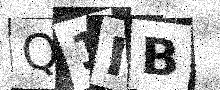
Text: Q1IB